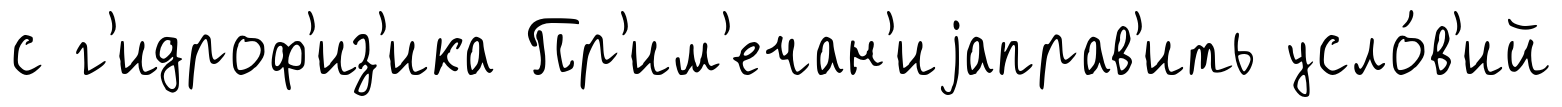
с г'идроф'из'ика Пр'им'ечан'иjаправ'ить усло́в'ий